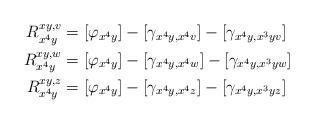
LaTeX: \begin{align*}\begin{aligned}R^{xy,v}_{x^4y} &= [\varphi_{x^4y}] - [\gamma_{x^4y,x^4v}] - [\gamma_{x^4y,x^3yv}] \\R^{xy,w}_{x^4y} &= [\varphi_{x^4y}] - [\gamma_{x^4y,x^4w}] - [\gamma_{x^4y,x^3yw}] \\R^{xy,z}_{x^4y} &= [\varphi_{x^4y}] - [\gamma_{x^4y,x^4z}] - [\gamma_{x^4y,x^3yz}] \\\end{aligned}\end{align*}